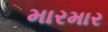
મારમાર